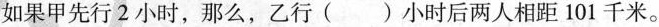
如果甲先行2小时，那么，乙行()小时后两人相距101千米。